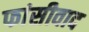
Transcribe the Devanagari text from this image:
फांसीवाद